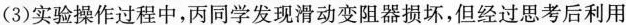
(3)实验操作过程中，丙同学发现滑动变阻器损坏，但经过思考后利用